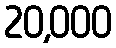
20,000